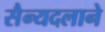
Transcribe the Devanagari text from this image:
सैन्यदलाने